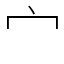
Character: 宀